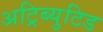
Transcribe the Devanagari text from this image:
अट्रिब्युटिड